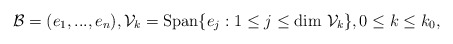
\begin{align*}\mathcal{B}=(e_1,...,e_n), \mathcal{V}_k=\textrm{Span}\{e_j : 1 \leq j \leq \textrm{dim }\mathcal{V}_k\}, 0 \leq k \leq k_0,\end{align*}